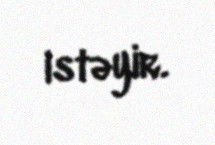
istəyir.